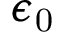
\epsilon _ { \mathrm { 0 } }